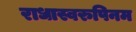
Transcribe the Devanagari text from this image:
राधास्वरुपिनम